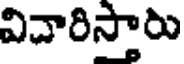
విదారిస్తారు